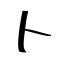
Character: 卜